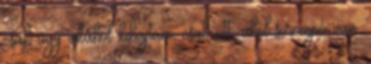
csak úgy akáhol kihajtani, csak ott, ahol sorompó van.